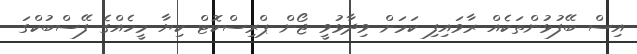
އިސް ބޭފުޅުންތަކެއް ރާވައިފި ކަމަށް ވިދާޅުވީ ޖޯން ޕްރިސްކޮޓް ކިޔާ މީހެއްގެ ފޭސްބުކްގަ